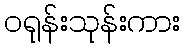
ဝရုန်းသုန်းကား